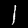
Label: 1